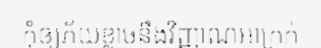
កុំឲ្យភ័យខ្លាចនឹងវិញ្ញាណអាក្រក់